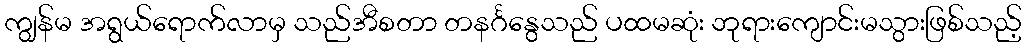
ကျွန်မ အရွယ်ရောက်လာမှ သည်အီစတာ တနင်္ဂနွေသည် ပထမဆုံး ဘုရားကျောင်းမသွားဖြစ်သည့်